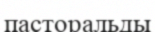
пасторальды